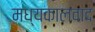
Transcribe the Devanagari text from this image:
मध्यकालवाद